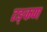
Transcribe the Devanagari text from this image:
टङ्कण